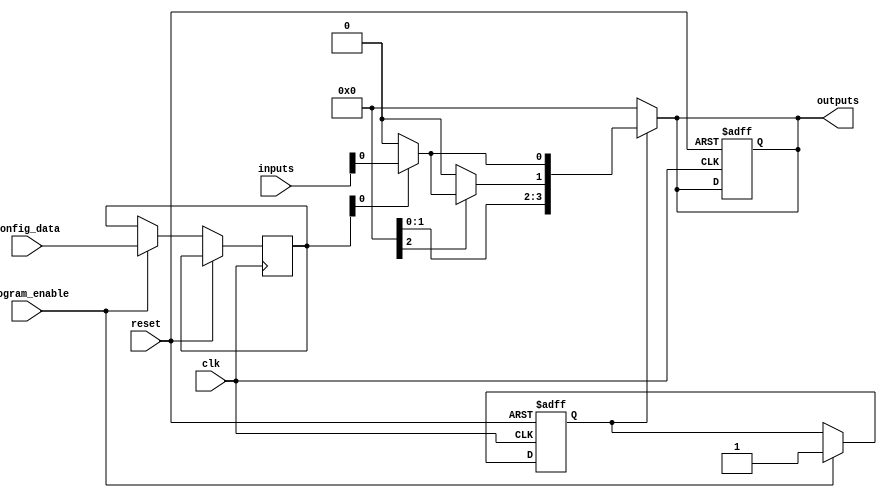
module epld (
    input wire clk,                            // Clock signal
    input wire reset,                          // Reset signal
    input wire [N-1:0] config_data,           // Configuration data for logic blocks
    input wire [N-1:0] inputs,                 // Input signals to the EPLD
    input wire program_enable,                  // Enable signal for programming the EPLD
    output reg [M-1:0] outputs                 // Output signals from the EPLD
);

// Parameters
parameter N = 8; // Number of inputs / configuration settings (for LUTs)
parameter M = 4; // Number of outputs

// Internal logic blocks
reg [N-1:0] logic_block [0:3]; // Example: 4 logic blocks
reg [N-1:0] internal_signals;   // Internal signals after logic block computation
reg configured;                 // Flag to indicate configuration state

// Configuration logic for programming the EPLD
always @(posedge clk or posedge reset) begin
    if (reset) begin
        configured <= 0;
        outputs <= 0;
    end else if (program_enable) begin
        // Load the configuration into logic blocks
        logic_block[0] <= config_data; // Example: load config into first block
        // ... Load in other logic blocks as necessary
        configured <= 1;
    end
end

// Combinational logic implementation
always @(*) begin
    if (configured) begin
        internal_signals[0] = logic_function(logic_block[0], inputs); // First logic block output
        internal_signals[1] = logic_function(logic_block[1], internal_signals[0:0]); // Cascading example
        // Add more logic block configuration and connections as necessary
        outputs = internal_signals[M-1:0]; // Assign internal signals to outputs
    end else begin
        outputs = 0; // If not configured, outputs are zero
    end
end

// Example logic function using a simple LUT-like behavior
function [N-1:0] logic_function;
    input [N-1:0] config; // Configuration for the logic block
    input [N-1:0] in;     // Input signals
    begin
        // Simple LUT implementation (e.g., AND operation based on configuration)
        logic_function = (config[0]) ? (in & 8'hFF) : 0; // For example, config[0] enables AND with mask
        // Expand this function based on required logic operations (OR, NOT, etc.)
    end
endfunction

endmodule